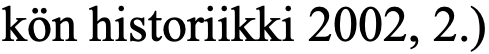
kön historiikki 2002, 2.)